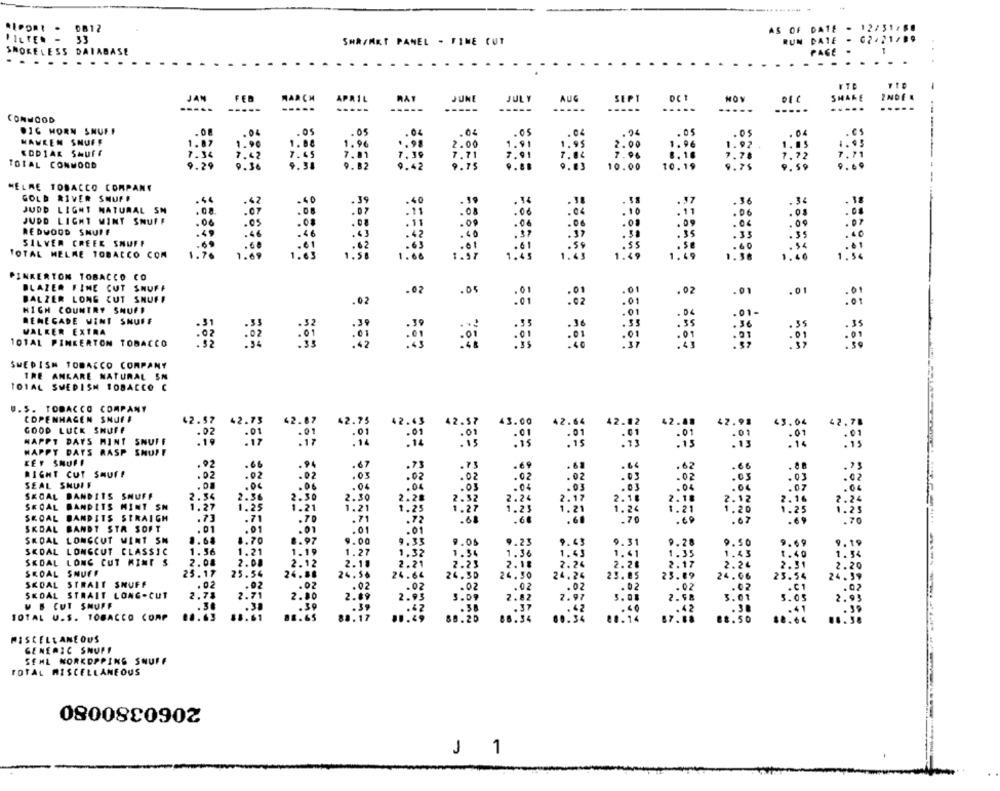
*IPOR! . 0812
AS OF DATE
FILTER - 33
SHA/MKT PANEL - FINE CUT
DATE
- 02-21/ **
SMOKELESS DAIAB
PASE .
SHARE
JAN
FEB
MARCH
APRIL
HAY
JUNE
JULY
AUG
SEPT
pct
MON
INDE
---
-----
-----
...
..
.....
....
CONWOOD
.16 HORN SNUFF
. 05
.02
.94
.04
.es
WAWREN SNUFF
1.87
.05
1. 96
1.85
1.00
1.96
2.00
2.00
KODIAK Shuff
7.34
7.71
7.96
TOTAL CONWOOD
9.29
9.82
9. 75
10.00
10.19
9.7$
HELME TOBACCO COMPANY
GOLD RIVER SHUFF
. 44
.42
·36
. 3
JUDD LIGHT NATURAL SM
.08.
.07
.06
.03
JUDD LIGHT MINT SNUFF
.06
. 0
:00
REDWOOD SNUIF
.33
SILVER CREEK SMUFF
TOTAL MELKE TOBACCO COM
: 60
PINKERTON TOBACCO CO
BLAZER FINE CUT SHUFF
.02
.05
.01
.02
.01
.01
BALZER LONG CUT SNUFF
:::
HIGH COUNTRY SNUFF
.02
:02
.01 -
RENEGADE WINT SNUFF
WALKER EXTRA
101AL PINKERTON TOBACCO
SWEDISH TOBACCO COMPANY
TRE ANKARE NATURAL SN
TOTAL SWEDISH TOBACCO C
.. 5. TOBACCO COMPANY
COPENHAGEN SNUFF
42.57
42.73
42.87
42.75
42.45
42.52
43.00
42.6
42 .41
62.91
€3.04
42.70
GOOD LUCK SHUFF
.02
NAPPT DAYS MINT SNUFF
.19
HAPPY DAYS RASP SNUFF
: is
KEY SNUFF
.92
RIGHT CUT SHUFF
.02
: 05
: 02
SEAL SHUIF
.08
. 00
: 03
: 07
SKOAL BANDITS SHUFF
2.34
SKOAL BANDITS MINT SN
2:86
2: 24
1.25
SKOAL
BANDITS STRAIGH
.73
.71
: 67
.70
SKDAL
BANDT STR SOFT
.01
SKOAL LONGCUT MINT SN
8.68
. 00
0.08
9.21
9.31
9.50
0.19
SKOAL LONGCUT CLASSIC
1.56
1:21
1:36
1.36
1.41
SKOAL LONG CUT MINT S
2.08
1.54
2:00
2.12
2:35
2.20
SKOAL SNUFF
23.17
25.54
24.68
SKOAL STRAIT SHUFF
24.26
SKOAL STRAIT LONG-CUT
.. 02
: 02
3. i
U S CUT SNUFF
3: 00
2:07
3. 61
TOTAL U.S. TOBACCO CORP
":
00:
..:
MISCELLANEOUS
GENERIC SNUFF
SEML NORKOPPING SNUFF
TOTAL MISCELLANEOUS
2060380080
J 1